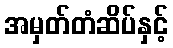
အမှတ်တံဆိပ်နှင့်